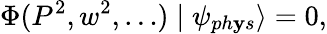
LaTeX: \Phi(P^{2},w^{2},\dots)\mid\psi_{ph\mathbf{y}s}\rangle=0,